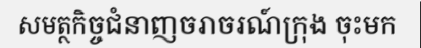
សមត្ថកិច្ចជំនាញចរាចរណ៍ក្រុង ចុះមក